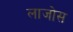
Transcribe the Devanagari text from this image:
लाजोस